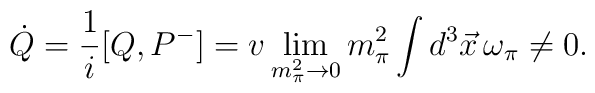
\dot{Q}=\frac{1}{i}[Q, P^-]= v \lim_{m_{\pi}^2\rightarrow 0} m_{\pi}^2\int d^3\vec{x}\, \omega_{\pi}\neq 0.